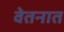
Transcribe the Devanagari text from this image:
वेतनात